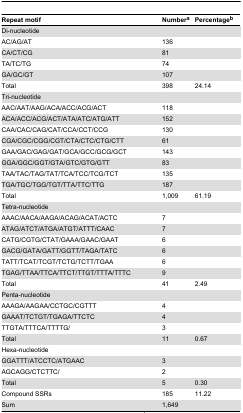
| Repeat motif | Numbera | Percentageb |
 | --- | --- | --- |
 | Di-nucleotide |  |  |
 | AC/AG/AT | 136 |  |
 | CA/CT/CG | 81 |  |
 | TA/TC/TG | 74 |  |
 | GA/GC/GT | 107 |  |
 | Total | 398 | 24.14 |
 | Tri-nucleotide |  |  |
 | AAC/AAT/AAG/ACA/ACC/ACG/ACT | 118 |  |
 | ACA/ACC/ACG/ACT/ATA/ATC/ATG/ATT | 152 |  |
 | CAA/CAC/CAG/CAT/CCA/CCT/CCG | 130 |  |
 | CGA/CGC/CGG/CGT/CTA/CTC/CTG/CTT | 61 |  |
 | GAA/GAC/GAG/GAT/GCA/GCC/GCG/GCT | 143 |  |
 | GGA/GGC/GGT/GTA/GTC/GTG/GTT | 83 |  |
 | TAA/TAC/TAG/TAT/TCA/TCC/TCG/TCT | 135 |  |
 | TGA/TGC/TGG/TGT/TTA/TTC/TTG | 187 |  |
 | Total | 1,009 | 61.19 |
 | Tetra-nucleotide |  |  |
 | AAAC/AACA/AAGA/ACAG/ACAT/ACTC | 7 |  |
 | ATAG/ATCT/ATGA/ATGT/ATTT/CAAC | 7 |  |
 | CATG/CGTG/CTAT/GAAA/GAAC/GAAT | 6 |  |
 | GACG/GATA/GATT/GGTT/TAGA/TATC | 6 |  |
 | TATT/TCAT/TCGT/TCTG/TCTT/TGAA | 6 |  |
 | TGAG/TTAA/TTCA/TTCT/TTGT/TTTA/TTTC | 9 |  |
 | Total | 41 | 2.49 |
 | Penta-nucleotide |  |  |
 | AAAGA/AAGAA/CCTGC/CGTTT | 4 |  |
 | GAAAT/TCTGT/TGAGA/TTCTC | 4 |  |
 | TTGTA/TTTCA/TTTTG/ | 3 |  |
 | Total | 11 | 0.67 |
 | Hexa-nucleotide |  |  |
 | GGATTT/ATCCTC/ATGAAC | 3 |  |
 | AGCAGG/CTCTTC/ | 2 |  |
 | Total | 5 | 0.30 |
 | Compound SSRs | 185 | 11.22 |
 | Sum | 1,649 |  |